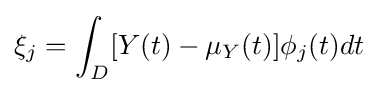
\xi _{j}=\int _{D}[Y(t)-\mu _{Y}(t)]\phi _{j}(t)dt